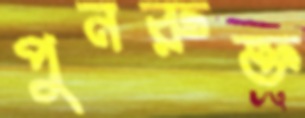
পুনরুক্ত